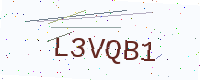
Text: L3VQB1